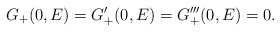
\begin{align*} G_+(0,E)=G_+'(0,E)=G_+'''(0,E)=0.\end{align*}